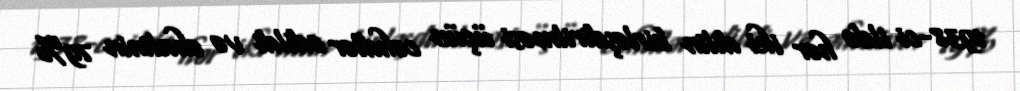
1938-ci ildə hər iki dilin birləşdirilməsi üçün cəhdlər edildi və əhalinin 79%